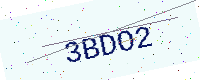
Text: 3BDO2